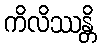
ကိလိဿန္တိ